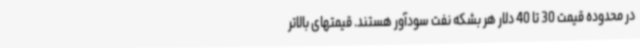
در محدوده قیمت 30 تا 40 دلار هر بشکه نفت سودآور هستند. قیمتهای بالاتر